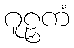
ဂူဠှကံ